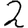
Digit: 2